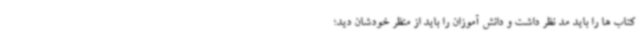
کتاب ها را باید مد نظر داشت و دانش آموزان را باید از منظر خودشان دید؛